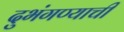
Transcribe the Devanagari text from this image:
दुभंगण्याची